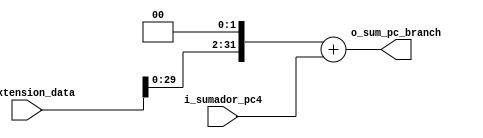
`timescale 1ns / 1ps


module Sumador_Branch
    #(
        parameter NBITS = 32
    )
    (
        input   wire    [NBITS-1      :0]   i_extension_data,
        input   wire    [NBITS-1      :0]   i_sumador_pc4,
        output  wire    [NBITS-1      :0]   o_sum_pc_branch                 
    );
    
    reg [NBITS-1  :0]   mux_sumador_branch;    
    
    always @(*)
    begin
        mux_sumador_branch   <=  (i_extension_data<<2) + i_sumador_pc4  ;
    end  
     
    assign  o_sum_pc_branch   =   mux_sumador_branch;


endmodule